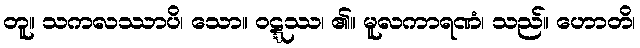
တူ။ သကလဿာပိ၊ သော။ ဝဋ္ဋဿ၊ ၏။ မူလကာရဏံ၊ သည်။ ဟောတိ၊